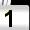
Digit: 1